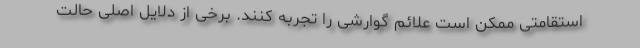
استقامتی ممکن است علائم گوارشی را تجربه کنند. برخی از دلایل اصلی حالت